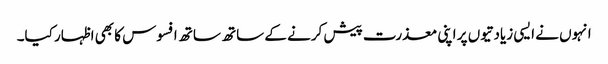
انہوں نے ایسی زیادتیوں پر اپنی معذرت پیش کرنے کے ساتھ ساتھ افسوس کا بھی اظہار کیا۔